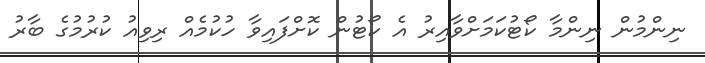
ނިންމުން ނިންމާ ކޯޓުކަމަށްވާއިރު އެ ކޯޓުން ކޮށްފައިވާ ހުކުމެއް ރިވިއު ކުރުމުގެ ބާރު